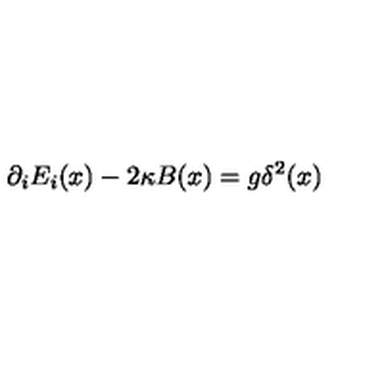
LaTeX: \partial _ { i } E _ { i } ( x ) - 2 \kappa B ( x ) = g \delta ^ { 2 } ( x )